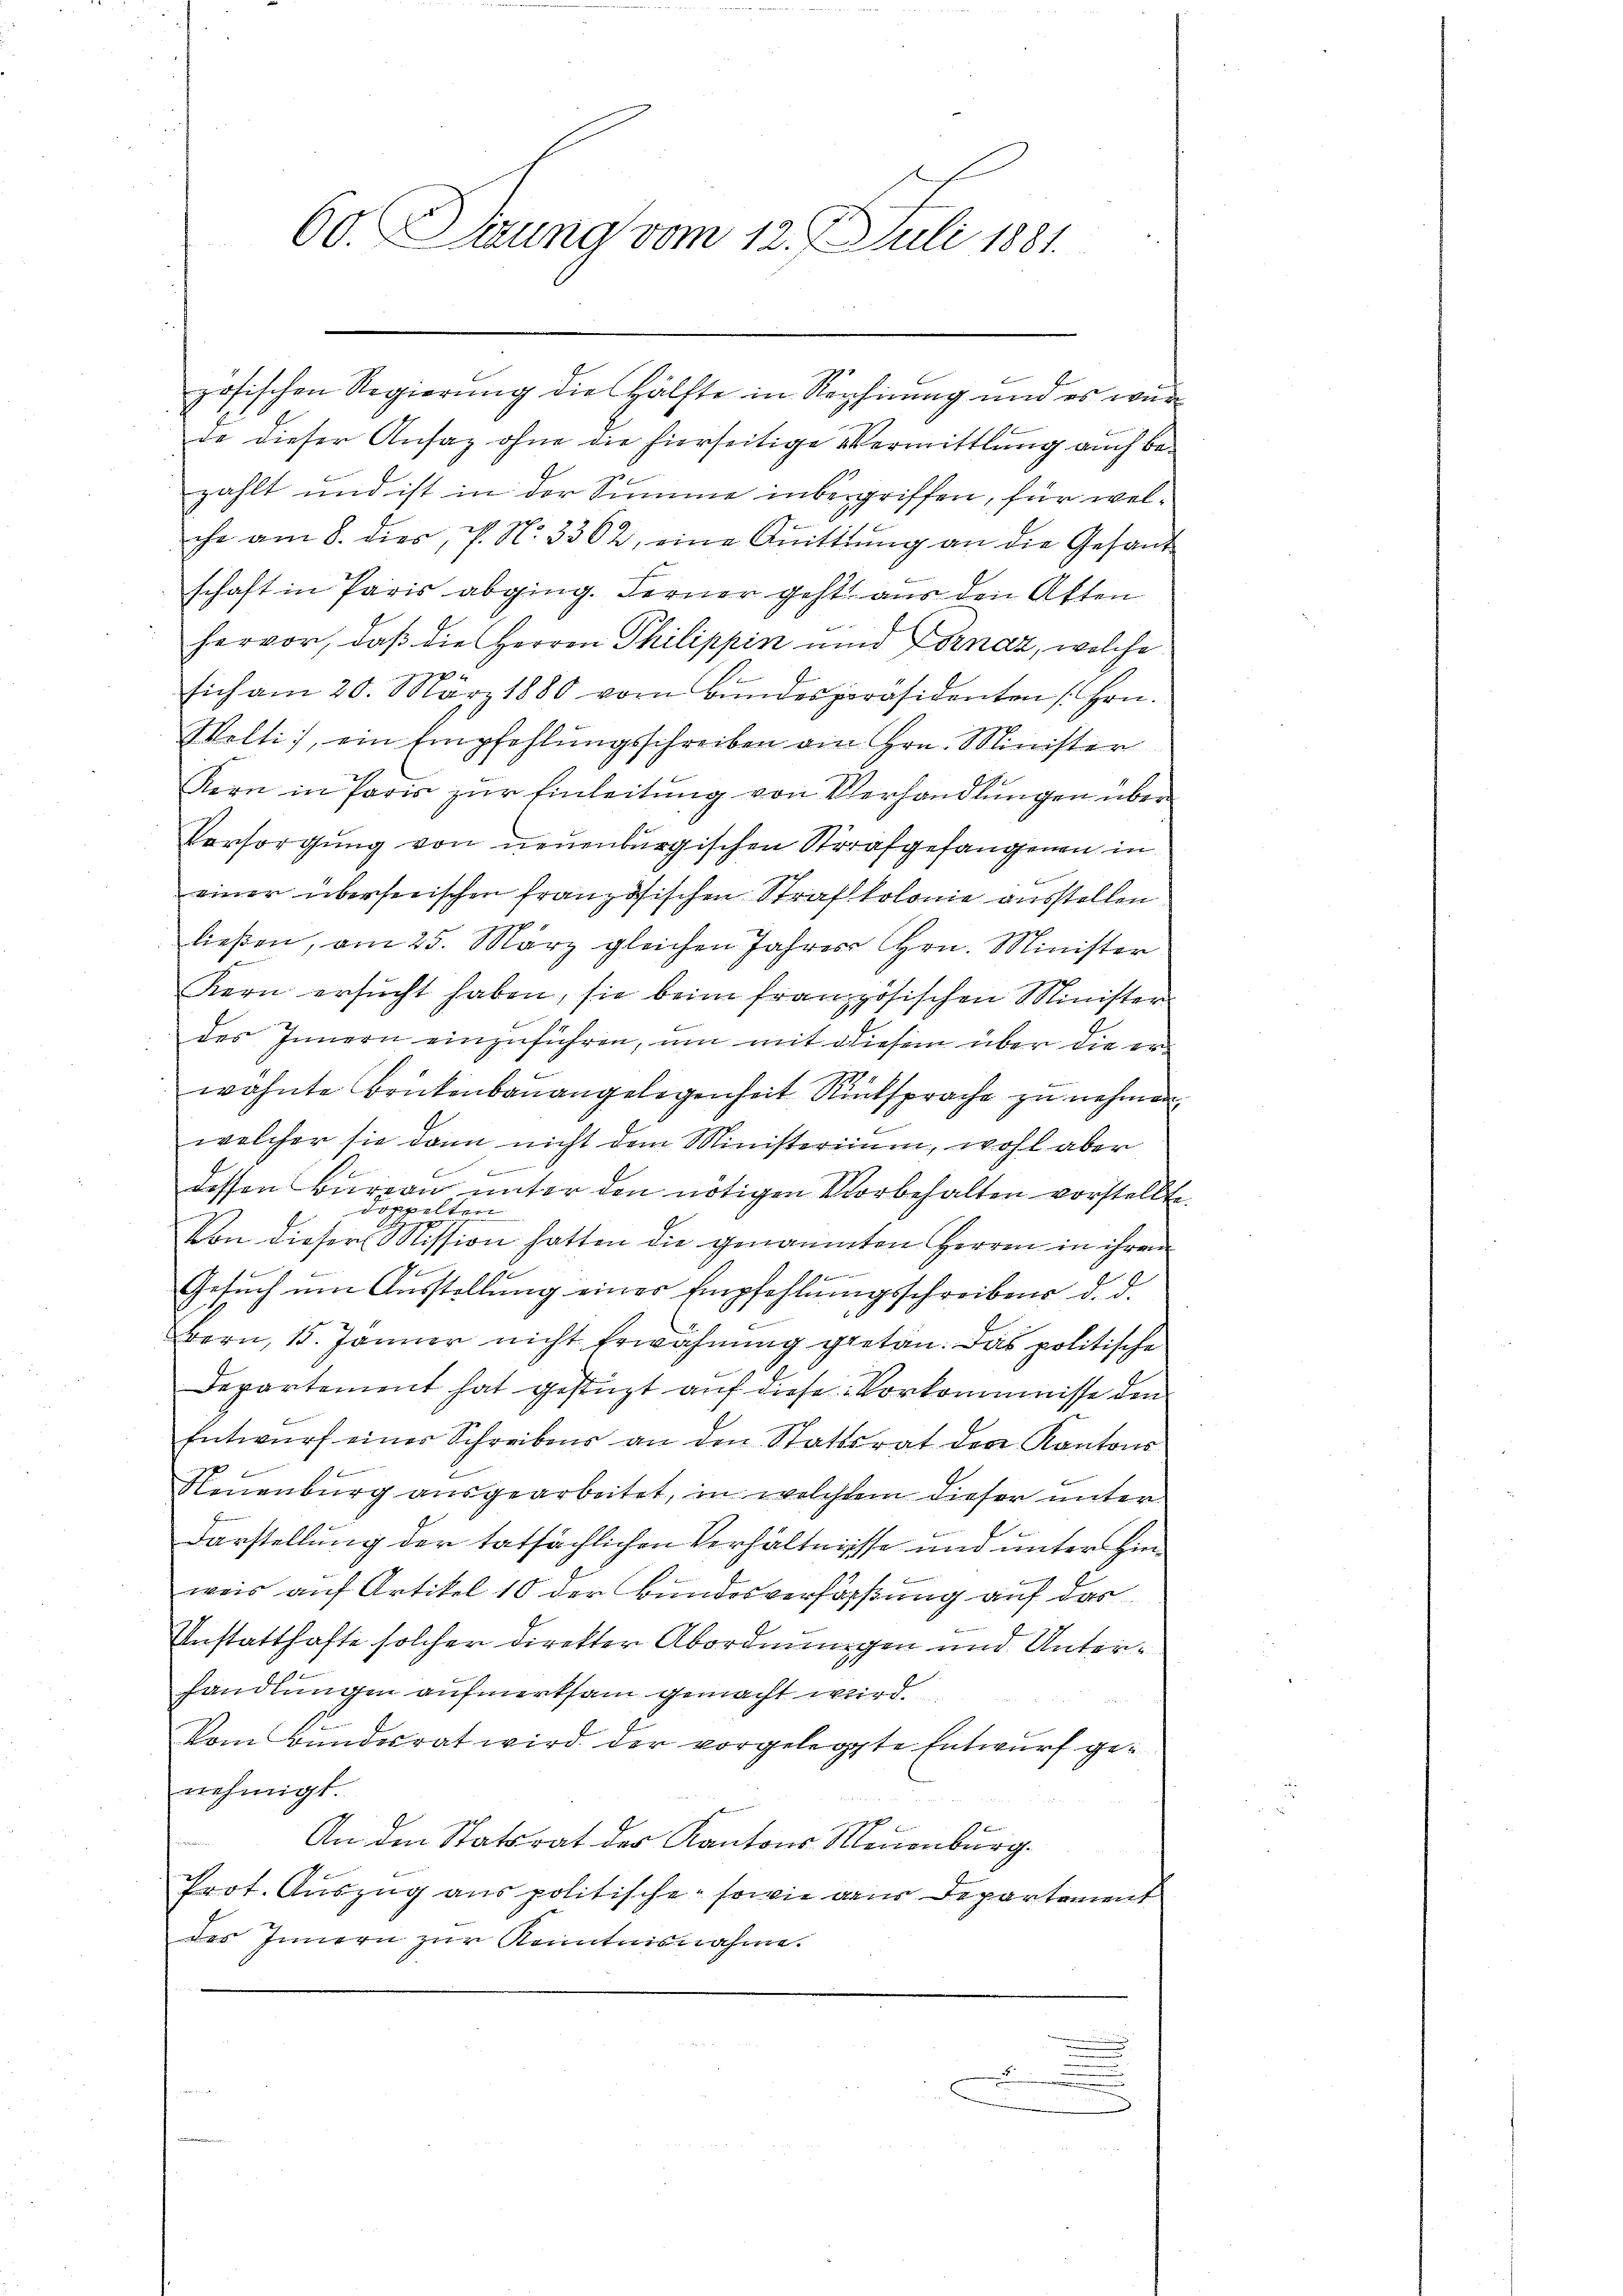
60. Seung vom 12. J. Juli 1881.

zösischen Regierung die Hälfte in Rechnung und es würde dieser Ansatz ohne die hierseitige Vermittlung auch bezahlt und ist in der Summe inbegriffen, für welche am 8. dies, P. N. 3362, eine Anitttŭng an die Gesand
schaft in Paris abging. Ferner geht aus den Akten
hervor, daß die Herren Philippin und Fornaz, welche
sich am 20. März 1880 vom Bŭndespräsidenten Hrn.
Welti, ein Empfehlŭngsschreiben ain Hrn. Minister
Kern in Paris zŭr Einleitung von Verhandlungen über
Versorgung von neuenburgischen Strafgefangenen in
einer überseeischen französischen Strafkolonie ausstellen.
ließen, am 25. März gleichen Jahres Hrn. Minister
Kern ersŭcht haben, sie beim französischen Minister
des Innern einzuführen, um mit diesem über die er
wohnte Brückenbauangelegenheit Rücksprache zu nehmen.
welcher sie dann nicht dem Ministerium, wohl aber
x
dessen Bureau unter den nötigen Vorbehalten vorstellte.
doppelten
Von dieser Mission hatten die genannten Herren in ihrem
b
Gesŭch ŭm Aŭsstellŭng einer Empfehlŭngsschreibens d. d.
Bern, 15. Jänner nicht Erwähnung getan. Das politische
Departement hat gestüzt auf diese Vorkommnisse den
Entwurf einer Schreibens an den Stattsrat der Kantons
Neuenburg ausgearbeitet, in welchem dieser unter
Darstellung der tatsächlichen Verhältnisse und unter Hinweis auf Artikel 10 der Bundesverförstung auf das
Unstatthafte solcher direkter Abordnungen und Unterhandlungen aufmerksam gemacht wird.
Vom Bundesrat wird der vorgelegte Entwurf genehmigt.
An den Statsrat der Kantons Neuenburg.
Prot. Auszug aus politische, sowie aus Departement
des Innern zur Kenntnisnahme.
.
.